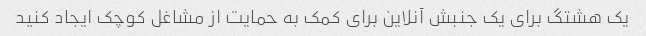
یک هشتگ برای یک جنبش آنلاین برای کمک به حمایت از مشاغل کوچک ایجاد کنید